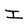
Character: I